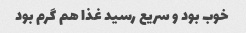
خوب بود و سریع رسید غذا هم گرم بود